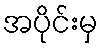
အပိုင်းမှ